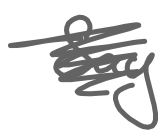
Text: Say
Cross-out: scratch
Writing tool: digital_gray